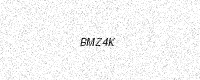
Text: BMZ4K